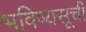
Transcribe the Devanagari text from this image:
भविष्यसूची